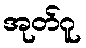
အုတ်ဂူ